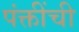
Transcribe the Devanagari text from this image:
पंक्तींची